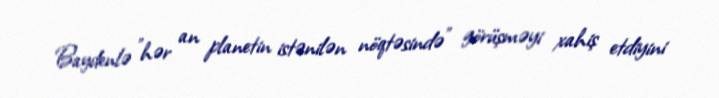
Baydenlə "hər an planetin istənilən nöqtəsində" görüşməyi xahiş etdiyini